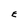
Character: E